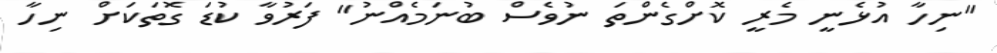
"ނިހާ އުޅެނީ މެރީ ކޮށްގެންތަ ނުވެސް ބުނަމެއްނު" ފަރުވާ ކުޑަ ގޮތަކަށް ނިހާ